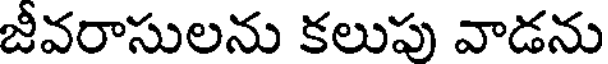
జీవరాసులను కలుపు వాడను